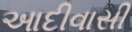
આદીવાસી